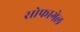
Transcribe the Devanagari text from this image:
सोफागेल